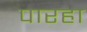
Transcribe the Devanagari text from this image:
पारहा